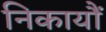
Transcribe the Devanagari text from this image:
निकायौं